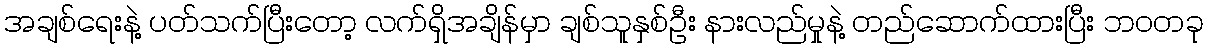
အချစ်ရေးနဲ့ ပတ်သက်ပြီးတော့ လက်ရှိအချိန်မှာ ချစ်သူနှစ်ဦး နားလည်မှုနဲ့ တည်ဆောက်ထားပြီး ဘဝတခု